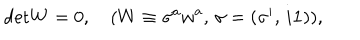
LaTeX: \mathrm { d e t } W = 0 , \quad ( W \equiv \sigma ^ { a } w ^ { a } , \, \sigma = ( \sigma ^ { i } , \, i { \mathbf 1 } ) ) ,